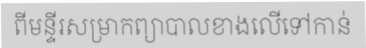
ពីមន្ទីរសម្រាកព្យាបាលខាងលើទៅកាន់